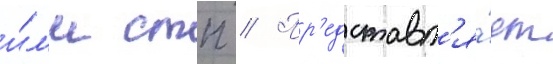
и́л'и стп // Пр'едставл'я́ет